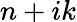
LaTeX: n+ik